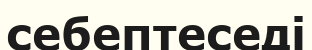
себептеседі